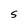
Character: S